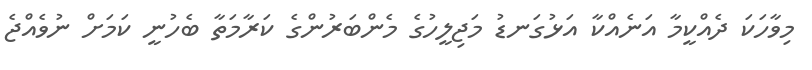
މިވާހަކަ ދެއްކީމާ އަނެއްކާ އަޅުގަނޑު މަޖިލީހުގެ މެންބަރުންގެ ކަރާމަތާ ބެހުނީ ކަމަށް ނުވެއްޖެ